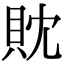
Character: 𧴸